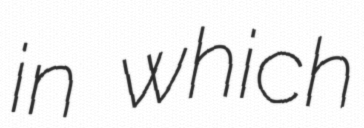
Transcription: in which